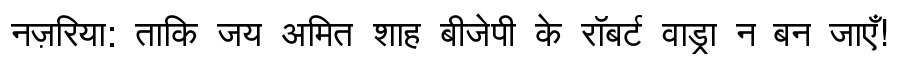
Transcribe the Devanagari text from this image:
नज़रिया: ताकि जय अमित शाह बीजेपी के रॉबर्ट वाड्रा न बन जाएँ!